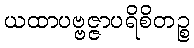
ယထာပဗ္ဗဇ္ဇာပရိစိတဉ္စ